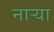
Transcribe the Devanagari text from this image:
नार्‍या